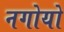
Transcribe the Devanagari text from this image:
नगोयो